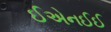
ઈએનઈઈ